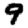
Digit: 9